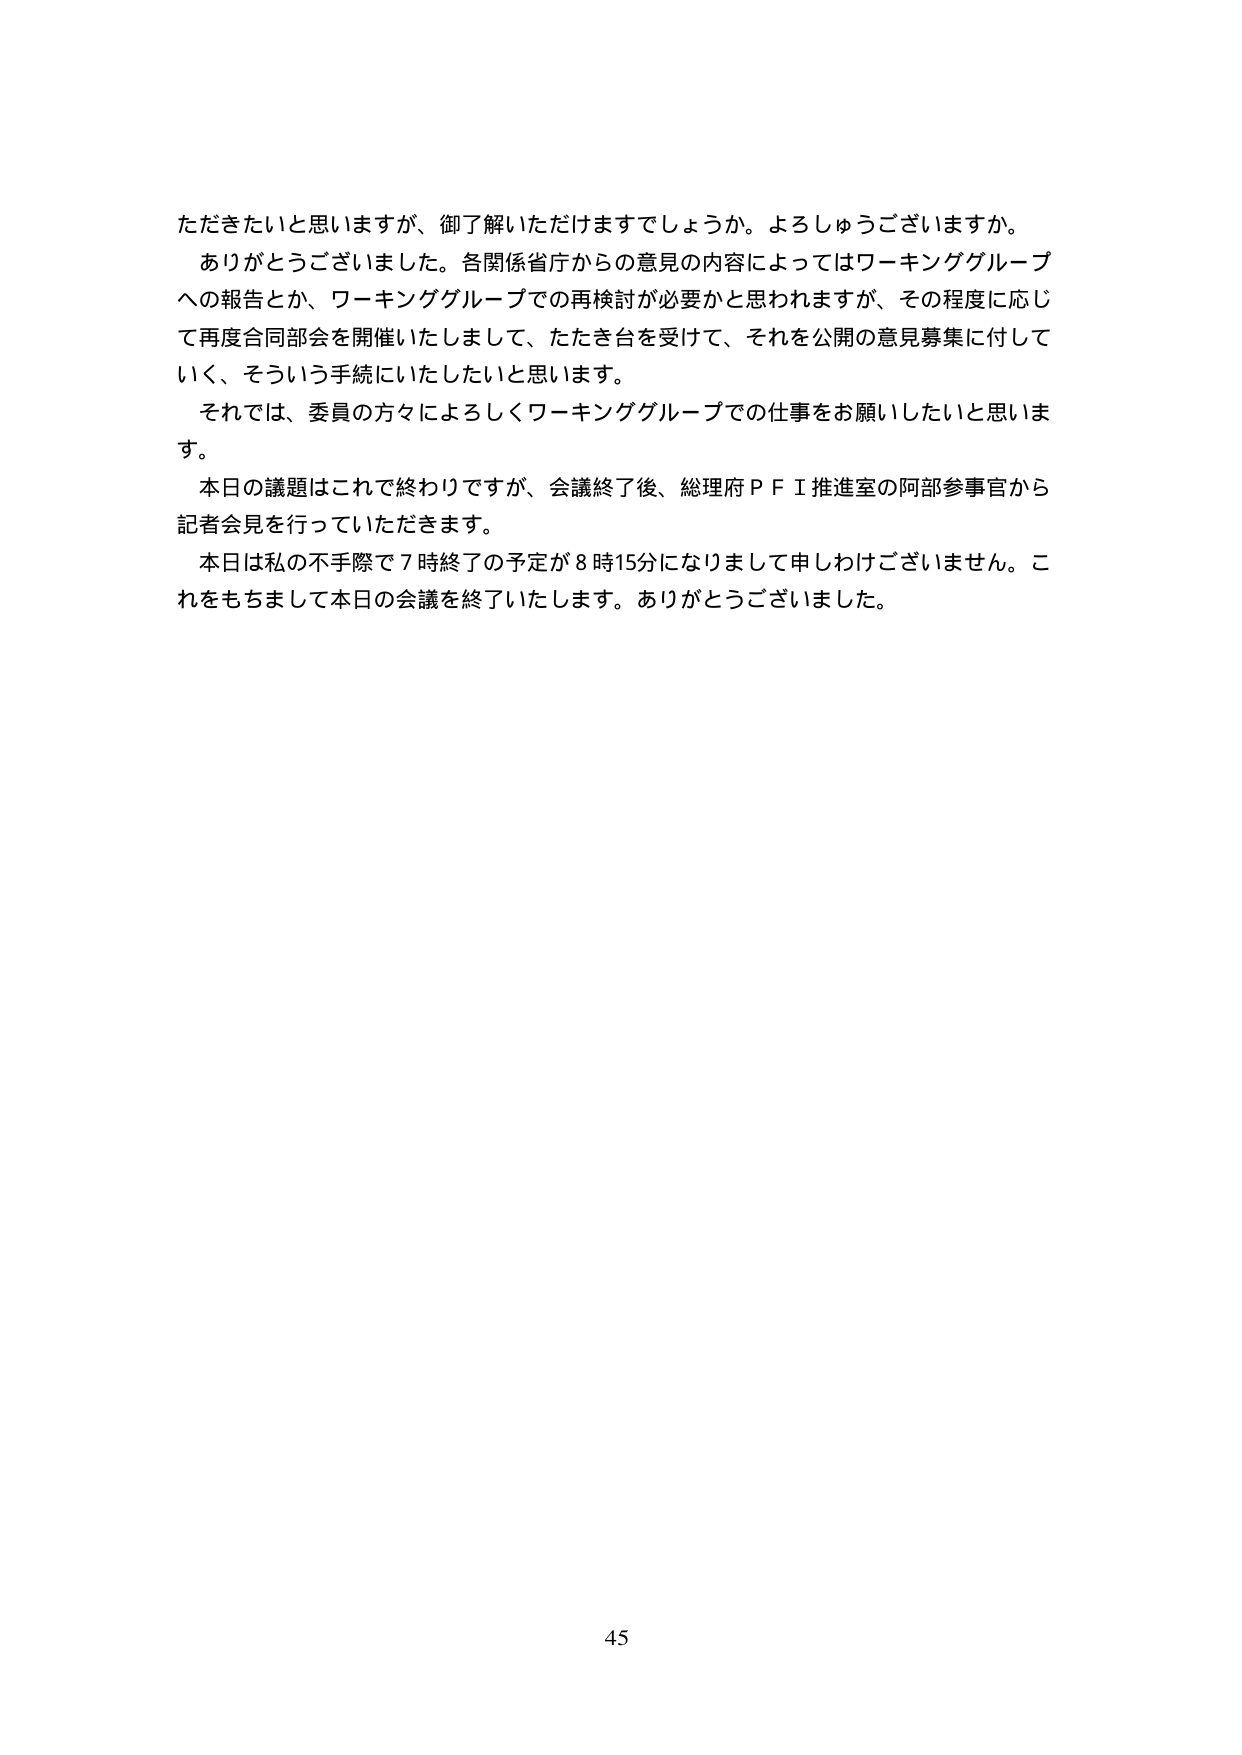
ただきたいと思いますが、御了解いただけますでしょうか。よろしうございますか。
ありがとうございました。各関係省庁からの意見の内容によってはワーキンググループ
への報告とか、ワーキンググループでの再検討が必要かと思われますが、その程度に応じ
て再度合同部会を開催いたしまして、たたき台を受けて、それを公開の意見募集に付して
いく、そういう手続にいたしたいと思います。
それでは、委員の方々によろしくワーキンググループでの仕事をお願いしたいと思いま
す。
本日の議題はこれで終わりですが、会議終了後、総理府ＰＦＩ推進室の阿部参事官から
記者会見を行っていただきます。
本日は私の不手際で７時終了の予定が８時15分になりまして申しわけございません。こ
れをもちまして本日の会議を終了いたします。ありがとうございました。

45